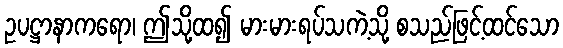
ဥပဋ္ဌာနာကရော၊ ဤသို့ထ၍ မားမားရပ်သကဲ့သို့ စသည်ဖြင့်ထင်သော